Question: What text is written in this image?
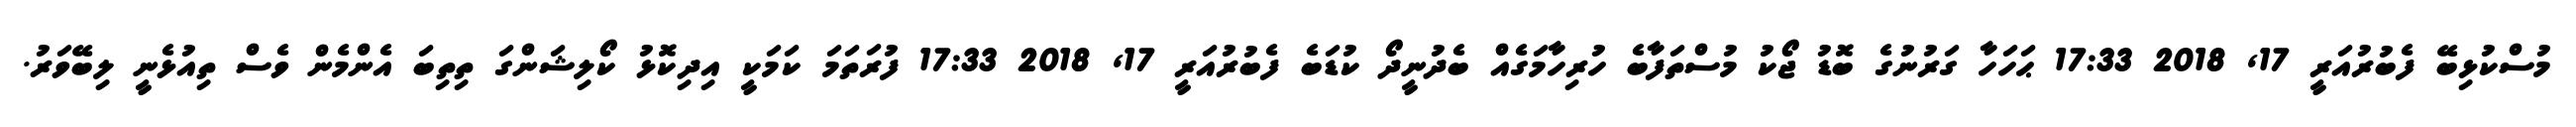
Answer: މުސްކުޅިބޭ ފެބުރުއަރީ 17, 2018 17:33 ޙަހަހާ ގަރުނުގެ ބޮޑު ޖޯކު މުސްތަފާބެ ހުރިހާމަގެއް ބެދުނީދޯ ކުޑަބެ ފެބުރުއަރީ 17, 2018 17:33 ފުރަތަމަ ކަމަކީ އިދިކޮޅު ކޯލިޝަންގަ ތިތިބަ އެންމެން ވެސް ތިއުޅެނީ ލިބޭވަރު.